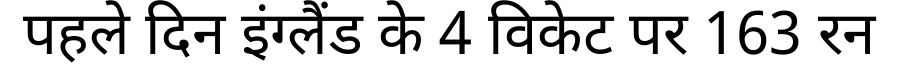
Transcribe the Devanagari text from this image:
पहले दिन इंग्लैंड के 4 विकेट पर 163 रन